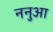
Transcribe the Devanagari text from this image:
ननुआ